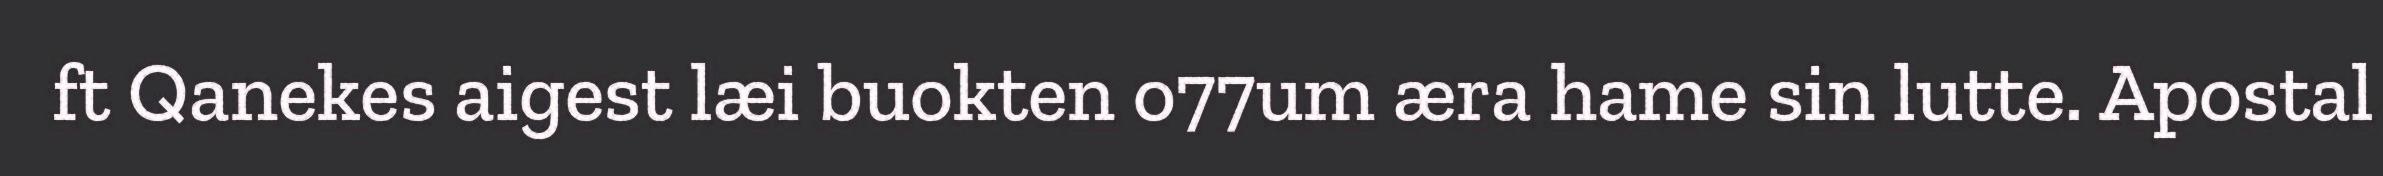
ft Qanekes aigest læi buokten o77um æra hame sin lutte. Apostal